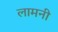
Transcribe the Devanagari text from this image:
लामनी